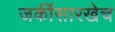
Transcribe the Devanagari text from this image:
जर्कीसारखेच